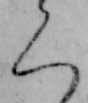
く